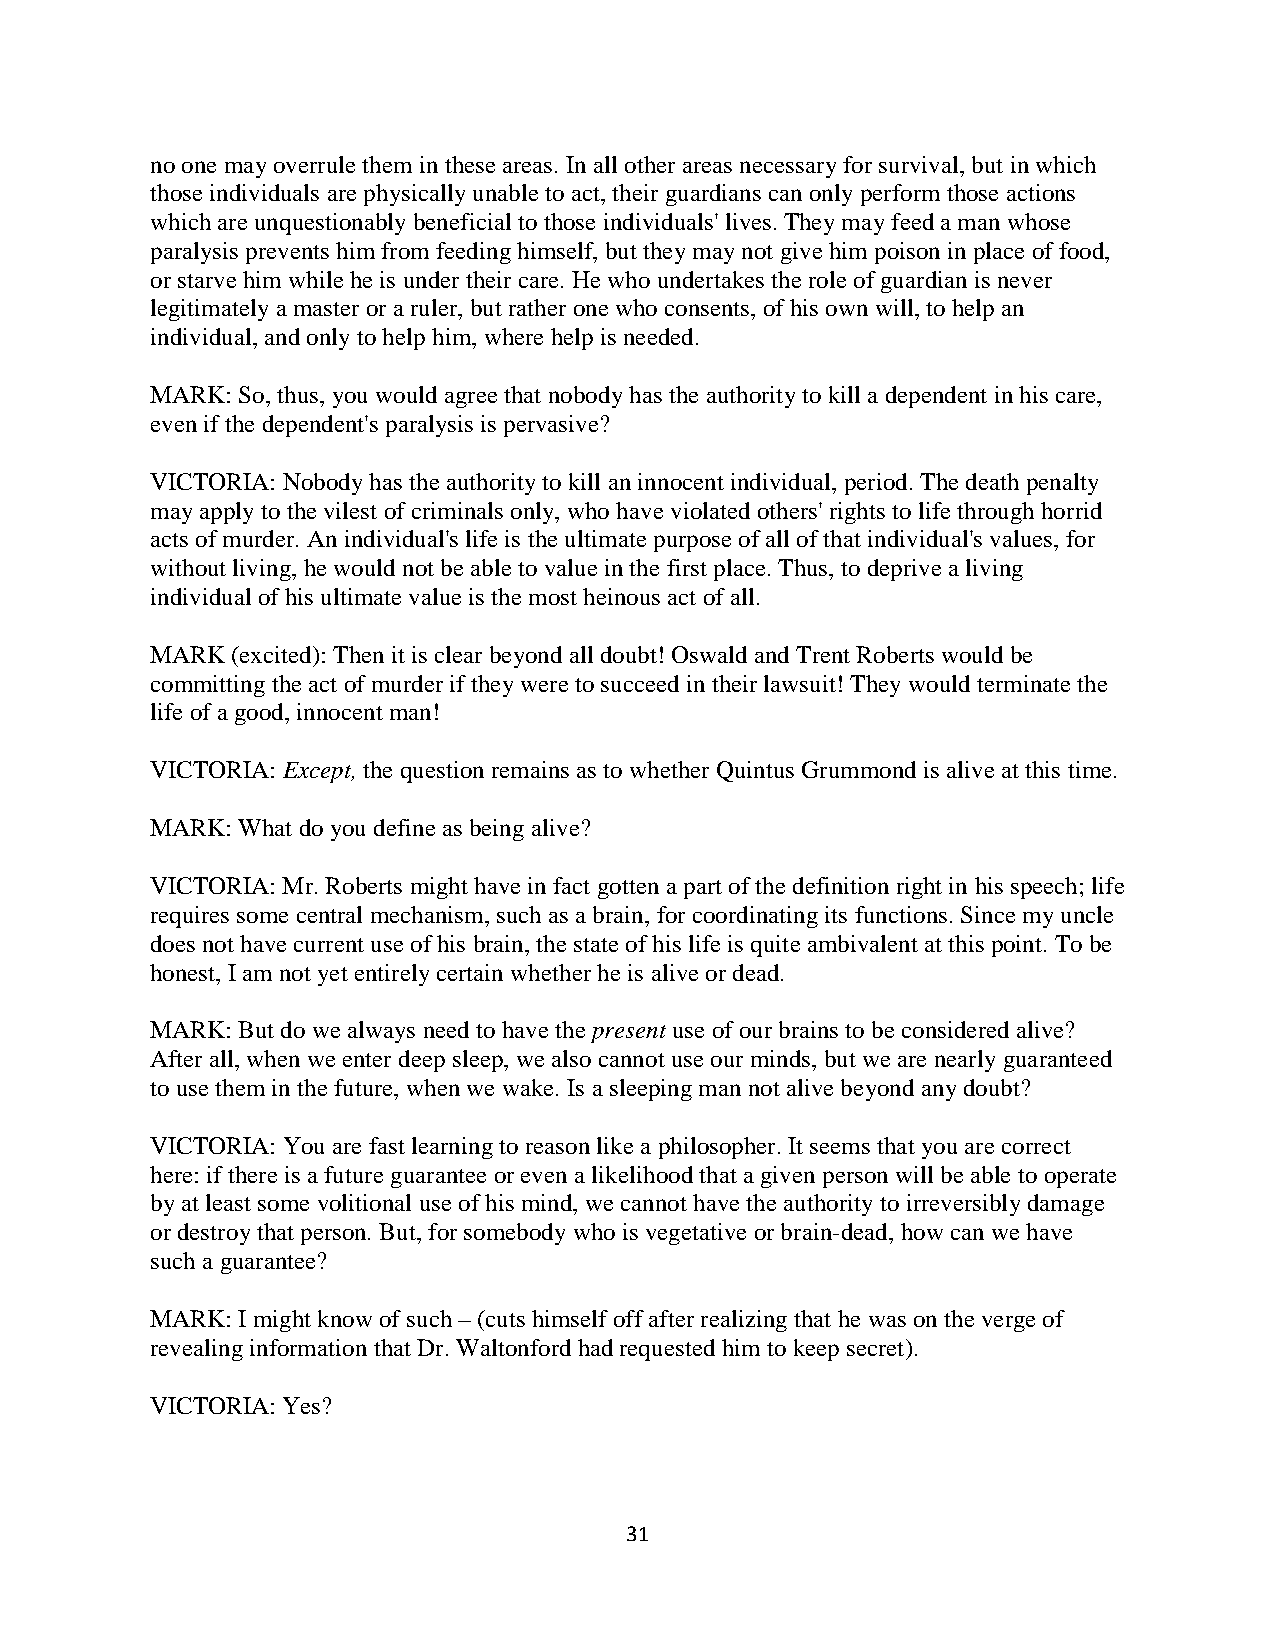
no one may overrule them in these areas. In all other areas necessary for survival, but in which
 those individuals are physically unable to act, their guardians can only perform those actions
 which are unquestionably beneficial to those individuals' lives. They may feed a man whose
 paralysis prevents him from feeding himself, but they may not give him poison in place of food,
 or starve him while he is under their care. He who undertakes the role of guardian is never
 legitimately a master or a ruler, but rather one who consents, of his own will, to help an
 individual, and only to help him, where help is needed.
 MARK: So, thus, you would agree that nobody has the authority to kill a dependent in his care,
 even if the dependent's paralysis is pervasive?
 VICTORIA: Nobody has the authority to kill an innocent individual, period. The death penalty
 may apply to the vilest of criminals only, who have violated others' rights to life through horrid
 acts of murder. An individual's life is the ultimate purpose of all of that individual's values, for
 without living, he would not be able to value in the first place. Thus, to deprive a living
 individual of his ultimate value is the most heinous act of all.
 MARK (excited): Then it is clear beyond all doubt! Oswald and Trent Roberts would be
 committing the act of murder if they were to succeed in their lawsuit! They would terminate the
 life of a good, innocent man!
 VICTORIA: Except, the question remains as to whether Quintus Grummond is alive at this time.
 MARK: What do you define as being alive?
 VICTORIA: Mr. Roberts might have in fact gotten a part of the definition right in his speech; life
 requires some central mechanism, such as a brain, for coordinating its functions. Since my uncle
 does not have current use of his brain, the state of his life is quite ambivalent at this point. To be
 honest, I am not yet entirely certain whether he is alive or dead.
 MARK: But do we always need to have the present use of our brains to be considered alive?
 After all, when we enter deep sleep, we also cannot use our minds, but we are nearly guaranteed
 to use them in the future, when we wake. Is a sleeping man not alive beyond any doubt?
 VICTORIA: You are fast learning to reason like a philosopher. It seems that you are correct
 here: if there is a future guarantee or even a likelihood that a given person will be able to operate
 by at least some volitional use of his mind, we cannot have the authority to irreversibly damage
 or destroy that person. But, for somebody who is vegetative or brain-dead, how can we have
 such a guarantee?
 MARK: I might know of such – (cuts himself off after realizing that he was on the verge of
 revealing information that Dr. Waltonford had requested him to keep secret).
 VICTORIA: Yes?
 31